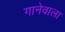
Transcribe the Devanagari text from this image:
गानेवाला